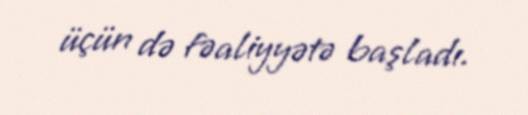
üçün də fəaliyyətə başladı.